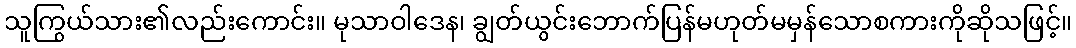
သူကြွယ်သား၏လည်းကောင်း။ မုသာဝါဒေန၊ ချွတ်ယွင်းဘောက်ပြန်မဟုတ်မမှန်သောစကားကိုဆိုသဖြင့်။